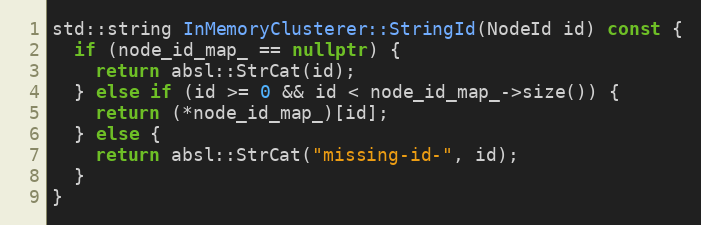
Language: C++
std::string InMemoryClusterer::StringId(NodeId id) const {
  if (node_id_map_ == nullptr) {
    return absl::StrCat(id);
  } else if (id >= 0 && id < node_id_map_->size()) {
    return (*node_id_map_)[id];
  } else {
    return absl::StrCat("missing-id-", id);
  }
}